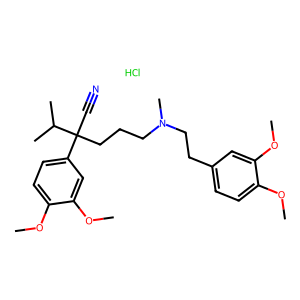
SMILES: COc1ccc(CCN(C)CCCC(C#N)(c2ccc(OC)c(OC)c2)C(C)C)cc1OC.Cl
Inhibits HIV replication: No